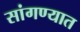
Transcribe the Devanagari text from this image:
सांगण्‍यात